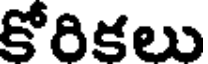
కోరికలు